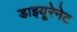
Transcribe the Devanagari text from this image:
डाइयूरेनेट